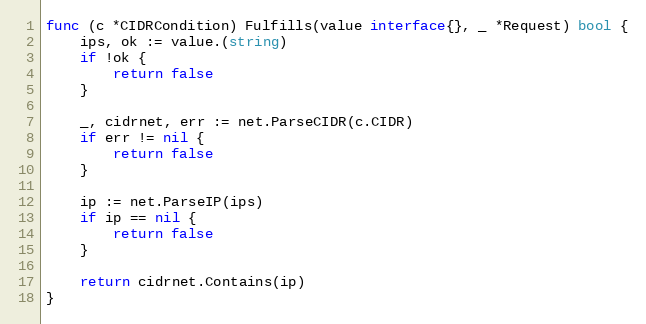
Language: Go
func (c *CIDRCondition) Fulfills(value interface{}, _ *Request) bool {
	ips, ok := value.(string)
	if !ok {
		return false
	}

	_, cidrnet, err := net.ParseCIDR(c.CIDR)
	if err != nil {
		return false
	}

	ip := net.ParseIP(ips)
	if ip == nil {
		return false
	}

	return cidrnet.Contains(ip)
}